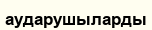
аударушыларды